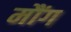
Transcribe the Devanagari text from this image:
मौंग